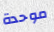
موحدة